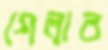
গেলাব